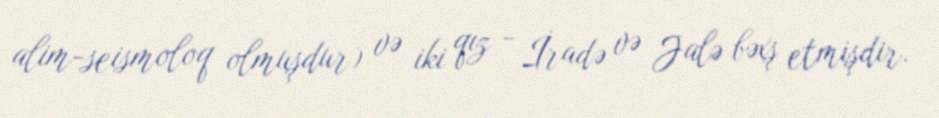
alim-seismoloq olmuşdur) və iki qız - İradə və Jalə bəxş etmişdir.